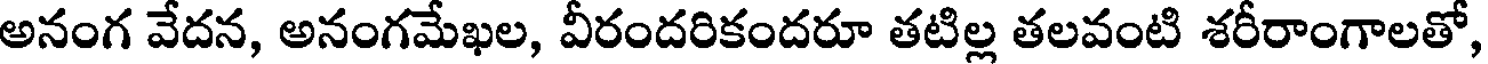
అనంగ వేదన, అనంగమేఖల, వీరందరికందరూ తటిల్ల తలవంటి శరీరాంగాలతో,